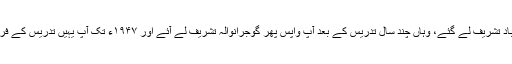
۱۹۳۳ء میں آپ عمر آباد تشریف لے گئے، وہاں چند سال تدریس کے بعد آپ واپس پھر گوجرانوالہ تشریف لے آئے اور ۱۹۴۷ء تک آپ یہیں تدریس کے فرائض انجام دیتے رہے۔